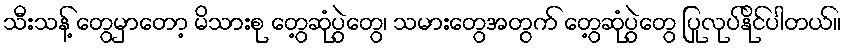
သီးသန့် တွေမှာတော့ မိသားစု တွေ့ဆုံပွဲတွေ၊ သမားတွေအတွက် တွေ့ဆုံပွဲတွေ ပြုလုပ်နိုင်ပါတယ်။